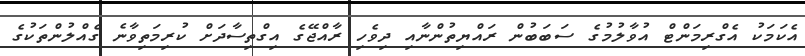
އެކަމަކު އެގްރިމަންޓް އުވާލުމުގެ ސަބަބުން ރައްޔިތުންނާއި ދިވެހި ރާއްޖޭގެ އިގްތިސާދަށް ކުރިމަތިވާނެ ގެއްލުންތަކުގެ